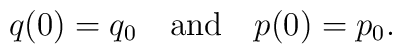
q(0) = q_0 \quad {\rm and}\quad p(0) = p_0.